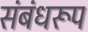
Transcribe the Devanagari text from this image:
संबंधरूप